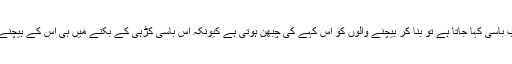
صرف یہ ہوتا ہے کہ مذہب و ملت کی تشریحاتی باسی کڑہی کو جب باسی کہا جاتا ہے تو بنا کر بیچنے والوں کو اس کہے کی چبھن ہوتی ہے کیونکہ اس باسی کڑہی کے بِکنے میں ہی اس کے بیچنے والوں کے معاشی، سیاسی، معاشرتی اور گروہی مفادات ہوتے ہیں۔